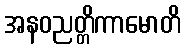
အနဝညတ္တိကာမောတိ